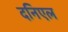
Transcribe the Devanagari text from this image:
दनिएल